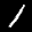
Label: 1